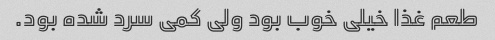
طعم غذا خیلی خوب بود ولی کمی سرد شده بود.